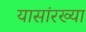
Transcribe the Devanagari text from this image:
यासांरख्या